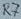
Text: R7